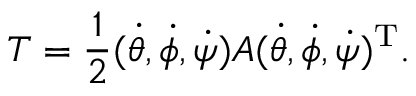
T = \frac { 1 } { 2 } ( \dot { \theta } , \dot { \phi } , \dot { \psi } ) \mathbfcal { A } ( \dot { \theta } , \dot { \phi } , \dot { \psi } ) ^ { \mathrm { T } } .